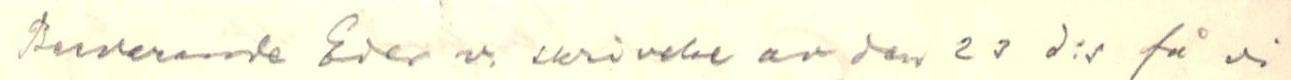
Besvarande Eder v. skri av den 23 d:s få vi